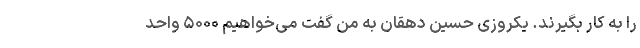
را به کار بگیرند. یکروزی حسین دهقان به من گفت می‌خواهیم ۵۰۰۰ واحد